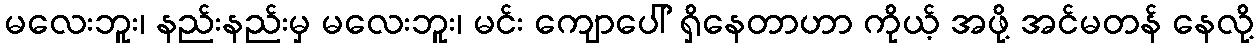
မလေးဘူး၊ နည်းနည်းမှ မလေးဘူး၊ မင်း ကျောပေါ် ရှိနေတာဟာ ကိုယ့် အဖို့ အင်မတန် နေလို့